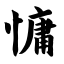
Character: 慵